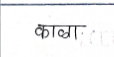
मजकूर: काळा